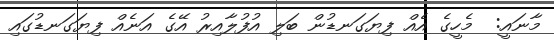
މާނައީ:  މެހީގެ އެއް ފިޔަގަނޑުން ބަލި އުފުލާއިރު އޭގެ އަނެއް ފިޔަގަނޑުގައި